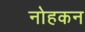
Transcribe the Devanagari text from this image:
नोहकन